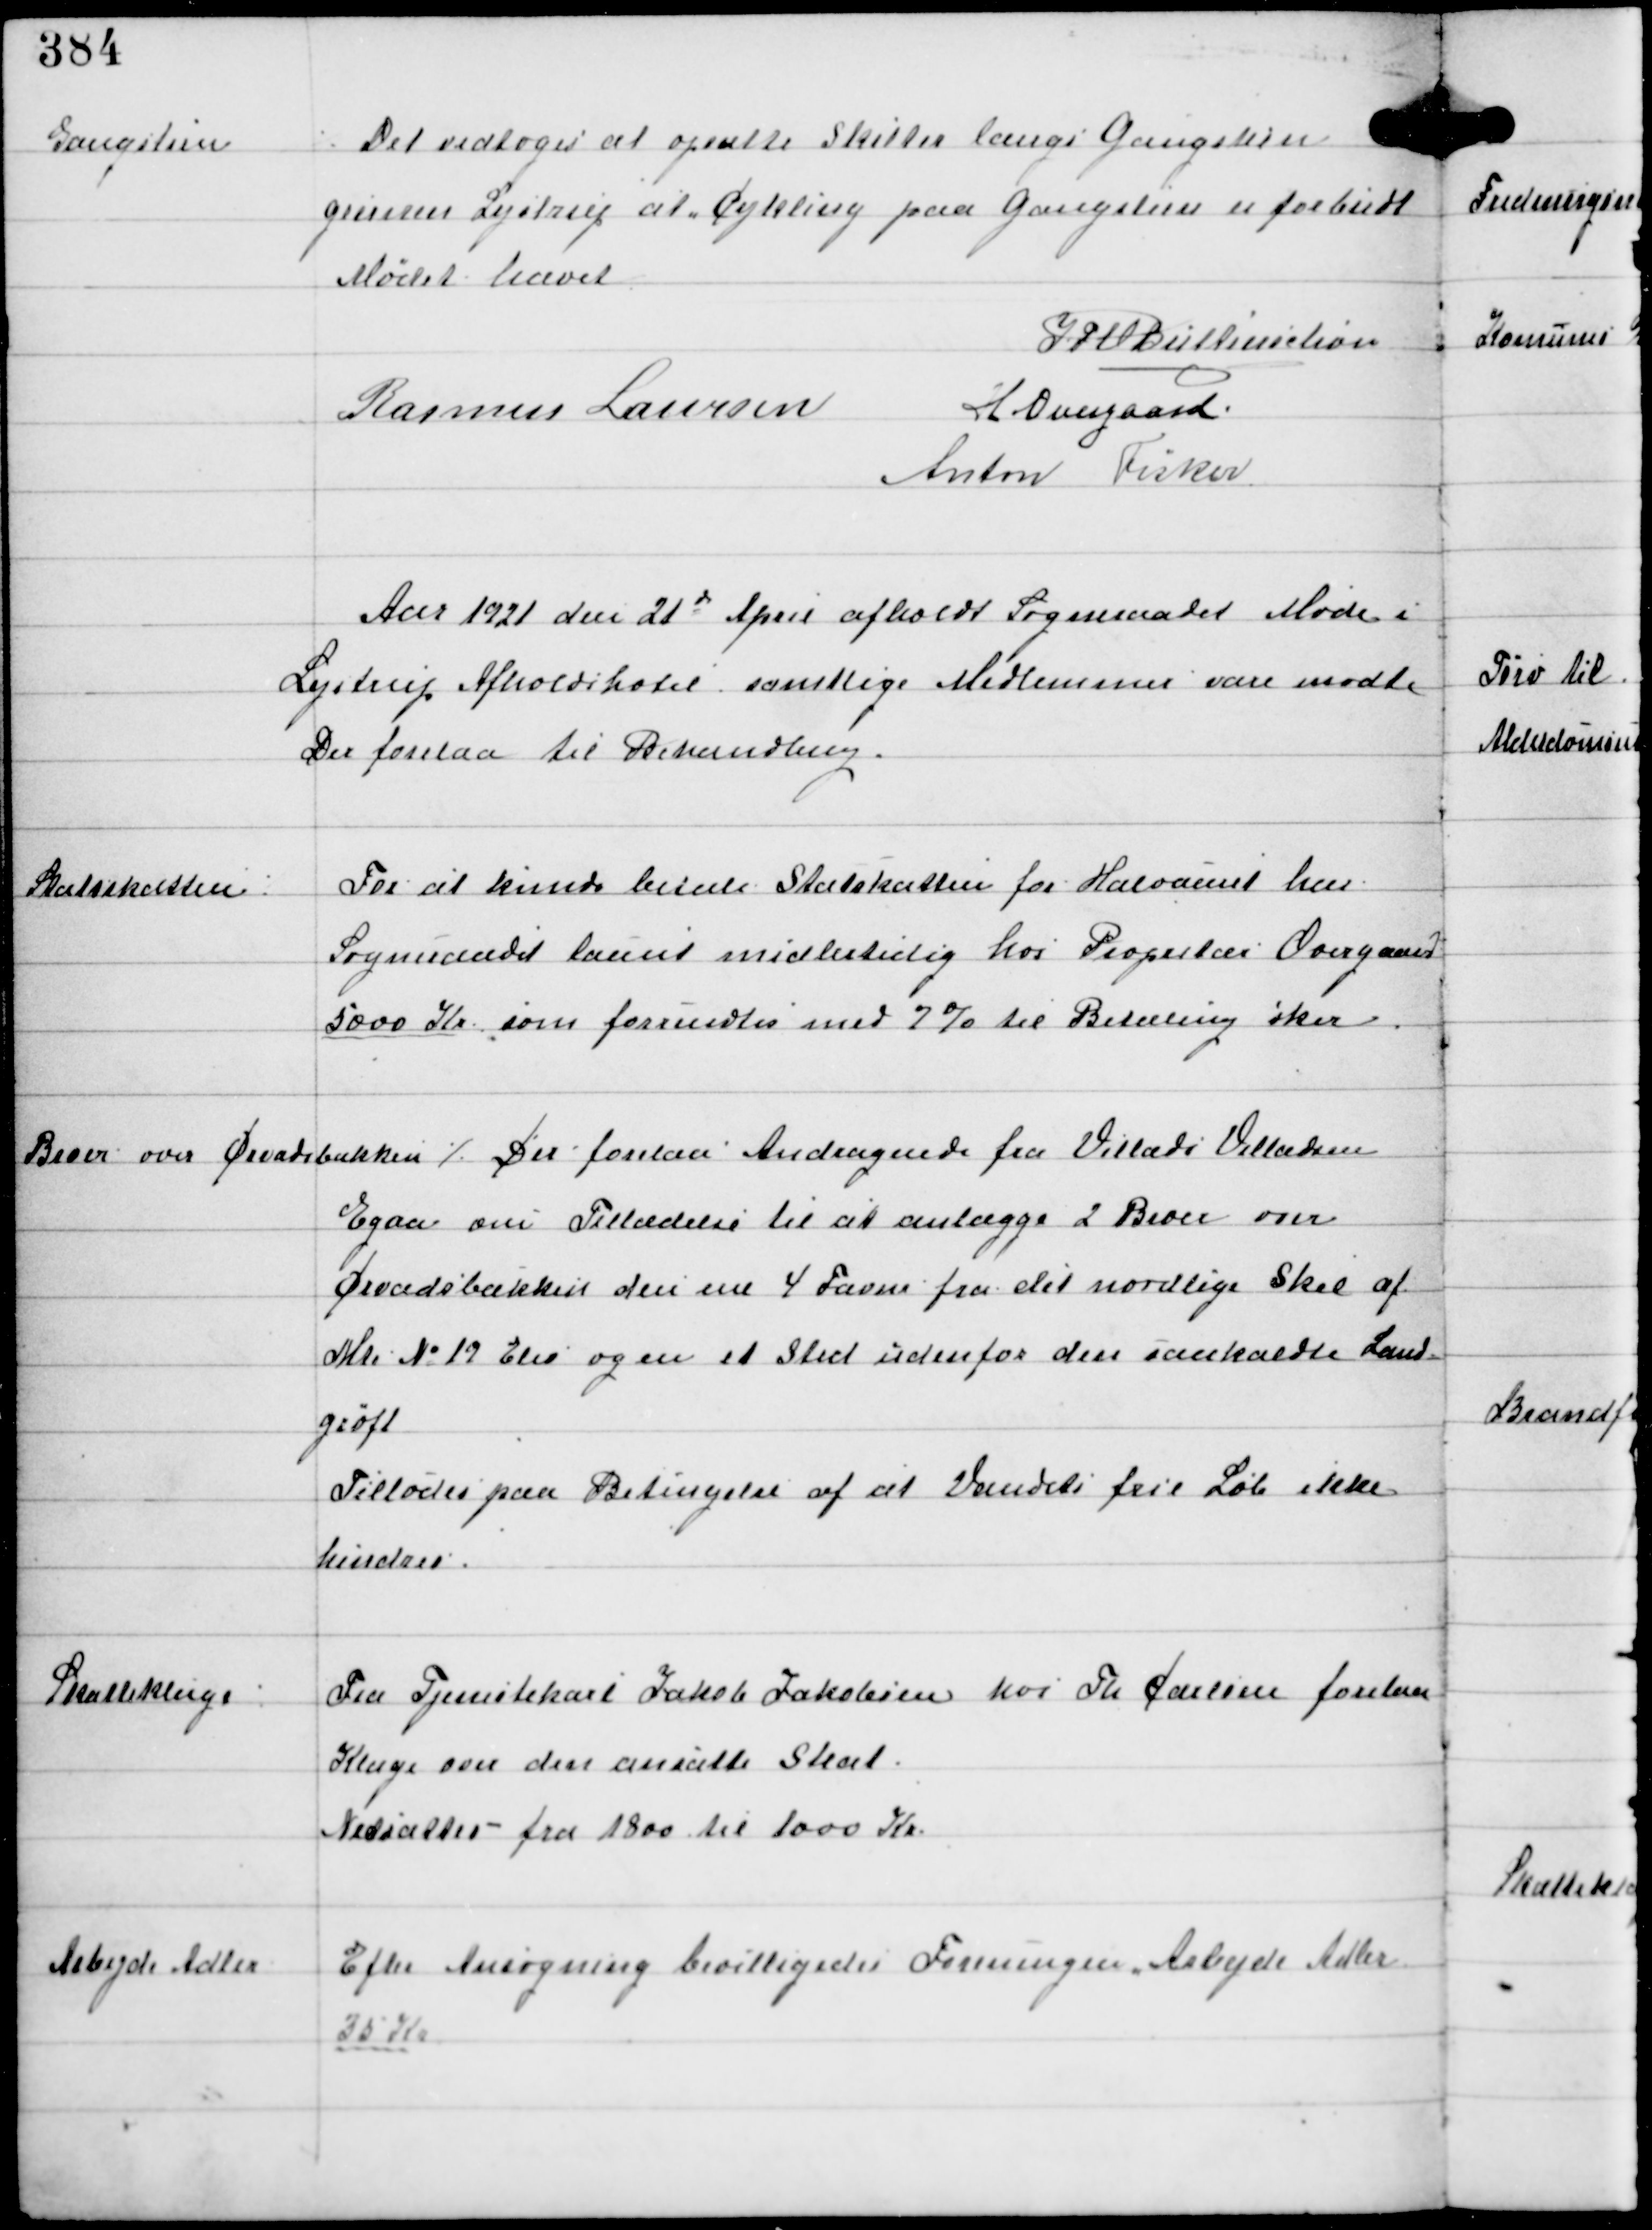
Transskription:
Gangstien

⁒ Det vedtoges at opsætte Skilte langs Gangstien
gennem Lystrup at Cykling paa Gangstien er forbudt

Mødet hævet

IFV Buttenschøn
Rasmus Laursen
H Overgaard
Anton Fisker

Aar 1921 den 21d April afholdt Sogneraadet Møde i
Lystrup Afholdshotel samtlige Medlemmer vare mødte
Der forelaa til Behandling.

Statsskatten ⁒

For at kunde betale Statsskatten for Halvaaret har
Sogneraadet laant midlertidig hos Propritær Overgaard
5000 Kr som forrentes med 7% til Betaling i Aar.

Broer over Ørvadsbækken ⁒

Der forelaa Andragende fra Villads Villadsen

Egaa om Tilladelse til at anlægge 2 Broer over
Ørvadsbækken den ene 4 Favne fra det nordlige Skel af
Mt No 19 Elev ogsaa et Sted udenfor den saakaldte Land-
grøft
Tillodes paa Betingelse af at Vandets frie Løb ikke
hindres

Skatteklage

Fra Tjenestekarl Jakob Jakobsen hos Th Carlsen forelaa
Klage over den ansatte Skat
Nedsattes fra 1800 til 1000 Kr

Arbejde Adler

Efter Ansøgning bevilligedes Foreningen Arbejde Adler
25 Kr